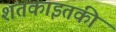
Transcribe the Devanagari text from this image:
शतकाइतकी